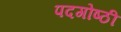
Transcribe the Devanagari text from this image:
पदगोष्ठी